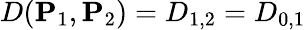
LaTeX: D(\mathbf{P}_{1},\mathbf{P}_{2})=D_{1,2}=D_{0,1}